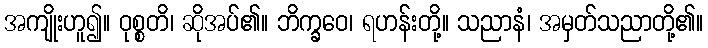
အကျိုးဟူ၍။ ဝုစ္စတိ၊ ဆိုအပ်၏။ ဘိက္ခဝေ၊ ရဟန်းတို့။ သညာနံ၊ အမှတ်သညာတို့၏။